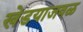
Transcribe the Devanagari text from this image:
खेडयाजवळ